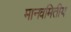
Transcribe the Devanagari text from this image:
मानवमितीय